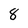
Character: 8